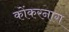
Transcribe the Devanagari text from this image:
कोंकरनाग